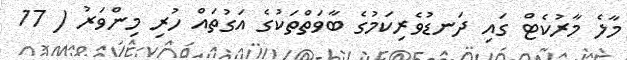
މާލެ މާރުކެޓް ގައި ދަނޑުވެރިކަމުގެ ބާވަތްތަކުގެ އަގުތައް ހުރި މިންވަރު ( 17